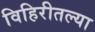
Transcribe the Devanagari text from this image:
विहिरीतल्या